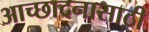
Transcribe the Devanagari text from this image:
आच्छादनासाठी